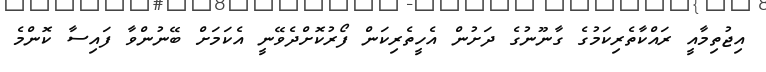
އިޖުތިމާއީ ރައްކާތެރިކަމުގެ ގާނޫނުގެ ދަށުން އެހީތެރިކަން ފޯރުކޮށްދެވޭނީ އެކަމަށް ބޭނުންވާ ފައިސާ ކޮންމެ